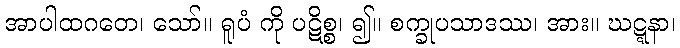
အာပါထဂတေ၊ သော်။ ရူပံ ကို ပဋိစ္စ၊ ၍။ စက္ခုပသာဒဿ၊ အား။ ဃဋ္ဋနာ၊